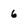
Character: 6